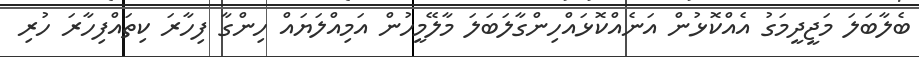
ބެލާބަލަ މަޖީދީމަގު އެއްކޮޅުން އަނެއްކޮޅައްހިންގާލަބަލަ މާލޭމީހުން އަމިއްލަޔައް ހިންގާ ފިހާރަ ކިތައްފިހާރަ ހުރި